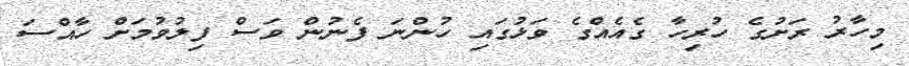
މިހާރު ރަށުގެ ހުރިހާ ގެއެއްގެ ވަޅުގައި ހުންނަ ފެނުން ވަސް ފިލުވުމަށް ހާއްސަ